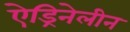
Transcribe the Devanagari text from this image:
ऐड्रिनेलीन